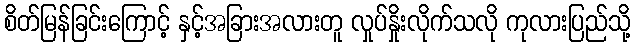
စိတ်မြန်ခြင်းကြောင့် နှင့်အခြားအလားတူ လှုပ်နှိုးလိုက်သလို ကုလားပြည်သို့